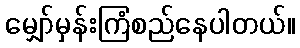
မျှော်မှန်းကြံစည်နေပါတယ်။